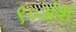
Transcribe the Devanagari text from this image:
९०अंश